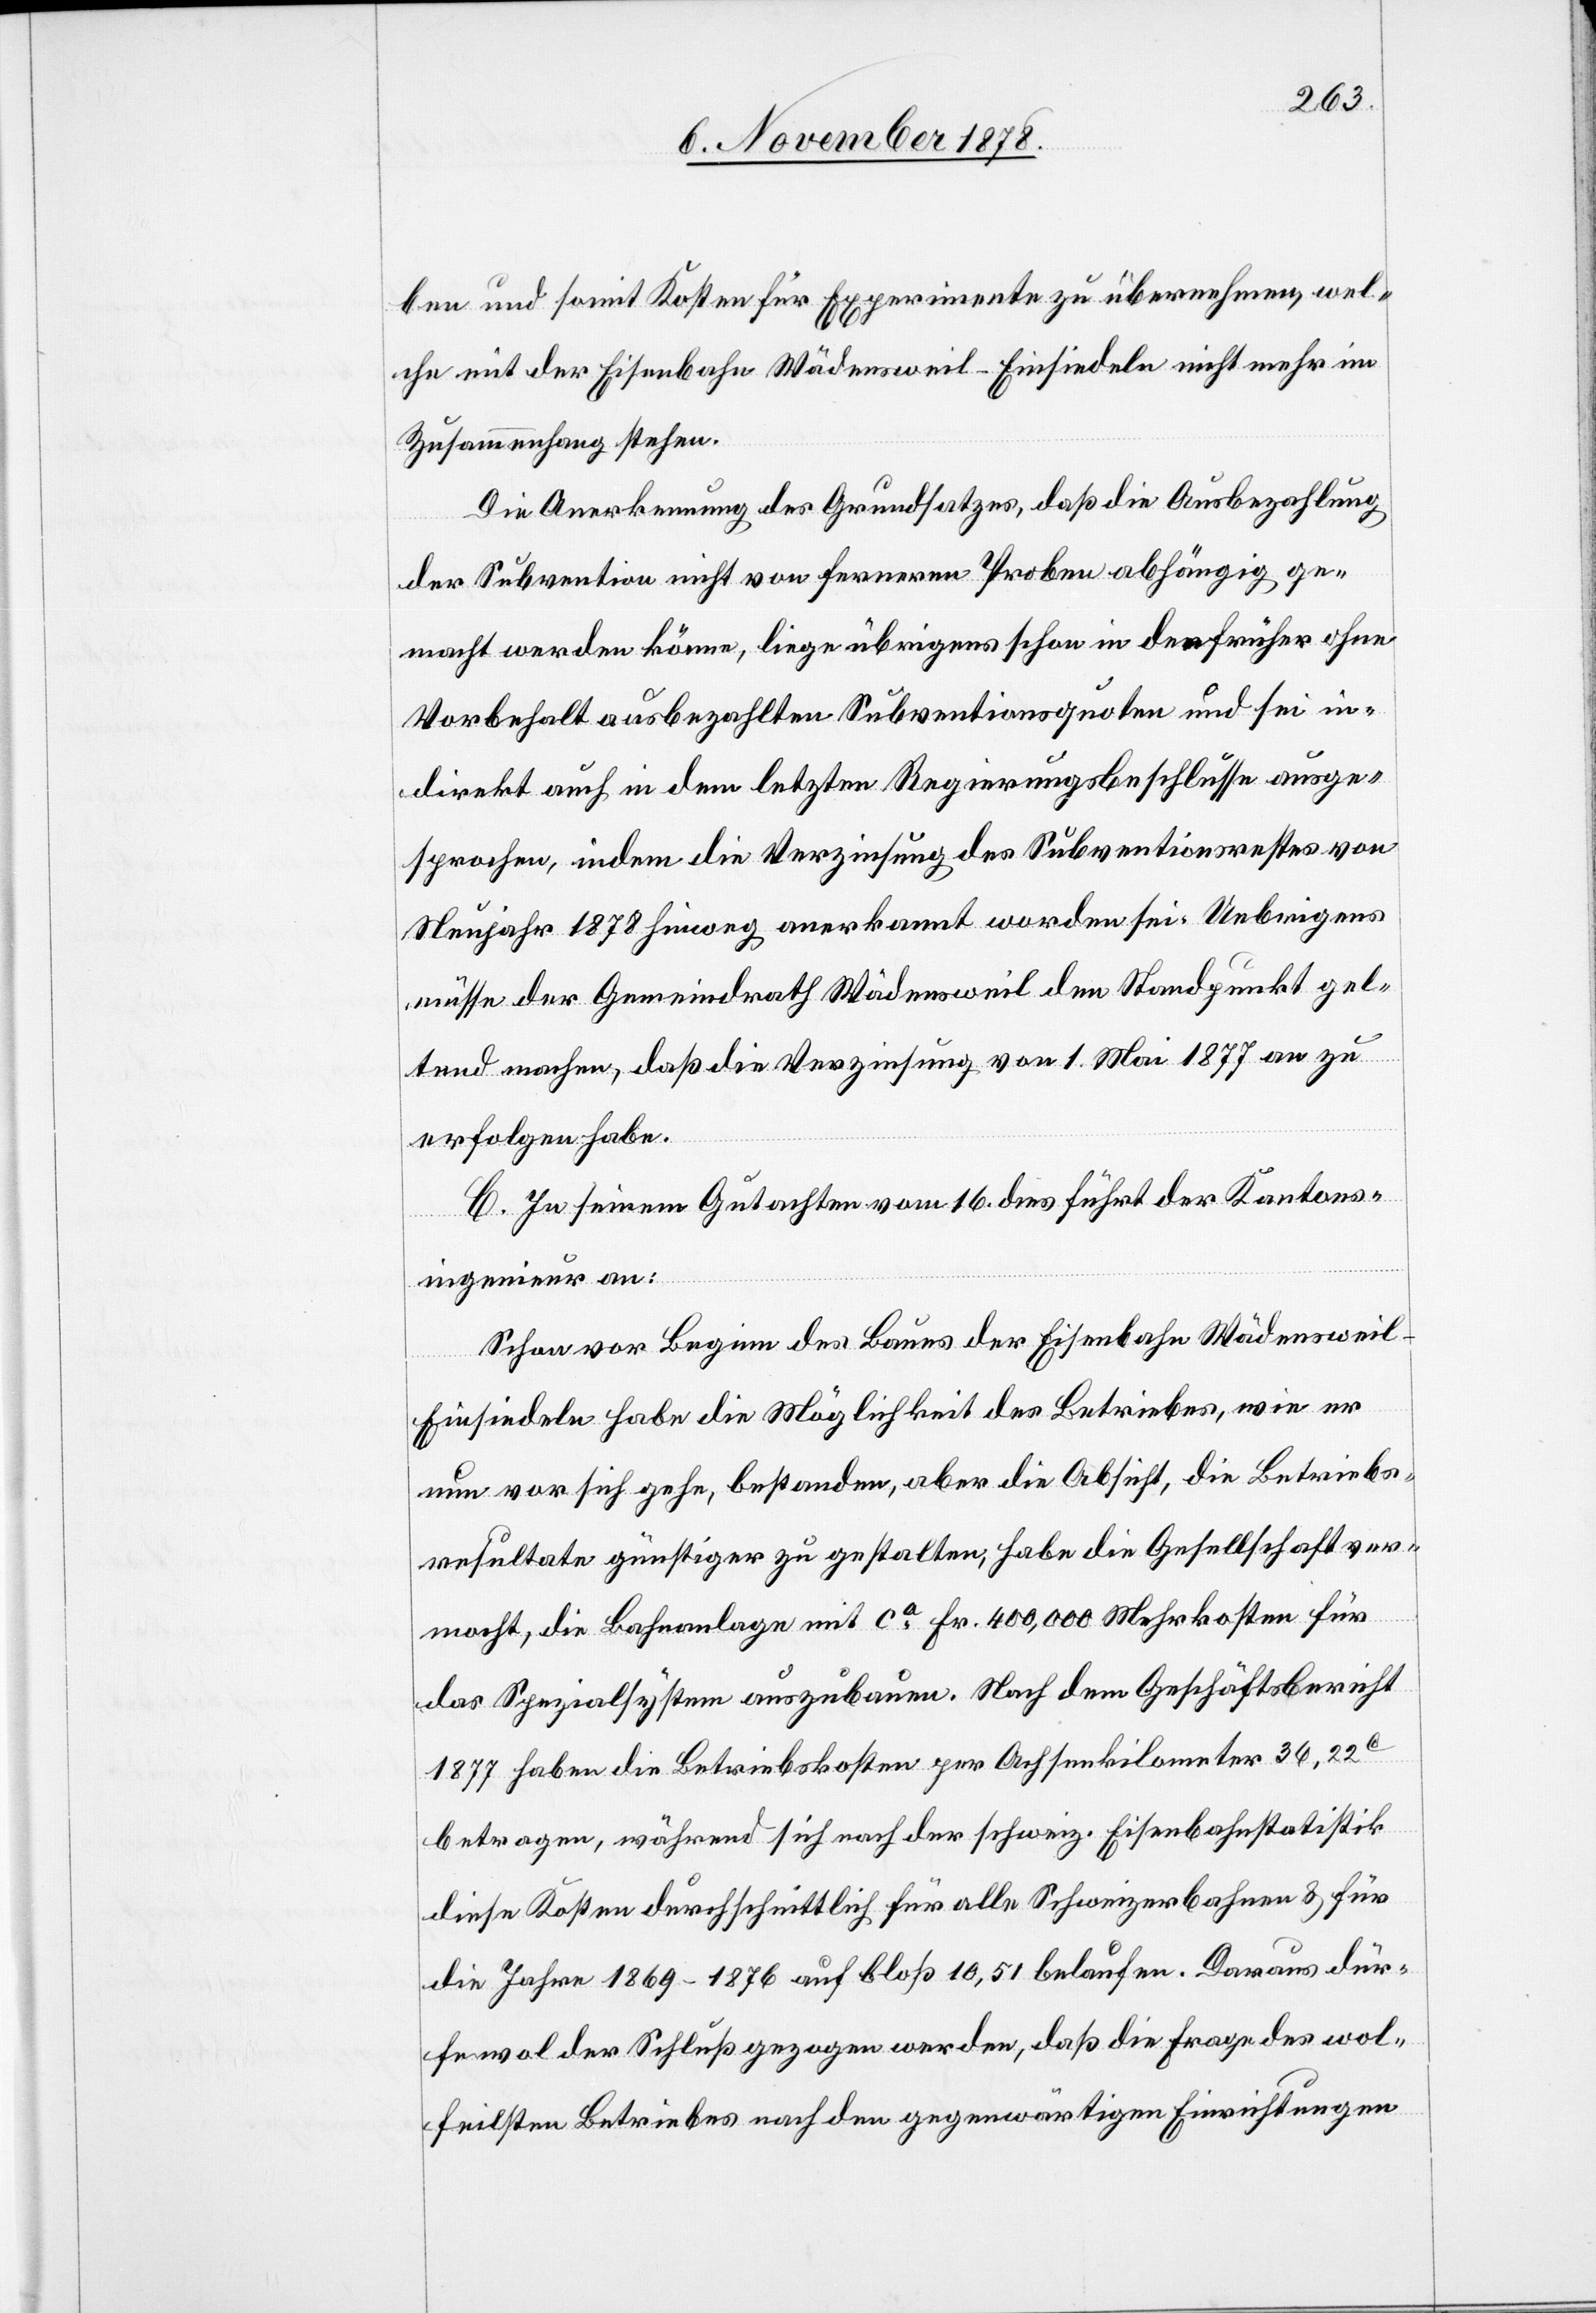
ben und somit Kosten für Experimente zu übernehmen, wel¬
che mit der Eisenbahn Wädensweil–Einsiedeln nicht mehr in
Zusammenhang stehen.
Die Anerkennung des Grundsatzes, daß die Ausbezahlung
der Subvention nicht von ferneren Proben abhängig ge¬
macht werden könne, liege übrigens schon in den früher ohne
Vorbehalt ausbezahlten Subventionsquoten und sei in¬
direkt auch in dem letzten Regierungsbeschlusse ausge¬
sprochen, indem die Verzinsung des Subventionsrestes von
Neujahr 1878 hinweg anerkannt worden sei. Uebrigens
müsse der Gemeindrath Wädensweil den Standpunkt gel¬
tend machen, daß die Verzinsung von 1. Mai 1877 an zu
erfolgen habe.
C. In seinem Gutachten vom 16. dies führt der Kantons¬
ingenieur an:
Schon vor Beginn des Baues der Eisenbahn Wädensweil–E¬
insiedeln habe die Möglichkeit des Betriebes, wie er
nun vor sich gehe, bestanden, aber die Absicht, die Betriebs¬
resultate günstiger zu gestalten, habe die Gesellschaft ver¬
mocht, die Bahnanlage mit ca Fr. 400,000 Mehrkosten für
das Spezialsystem auszubauen. Nach dem Geschäftsbericht
1877 haben die Betriebskosten per Achsenkilometer 36,22C
betragen, während sich nach der schweiz. Eisenbahnstatistik
diese Kosten durchschnittlich für alle Schweizerbahnen & für
die Jahre 1869–1876 auf bloß 10,51 belaufen. Daraus dür¬
fe wol der Schluß gezogen werden, daß die Frage des wol¬
feilsten Betriebes nach den gegenwärtigen Einrichtungen